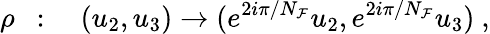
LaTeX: \rho~~:\quad(u_{2},u_{3})\to(e^{2i\pi/N_{\mathcal{F}}}u_{2},e^{2i\pi/N_{\mathcal{F}}}u_{3})~,